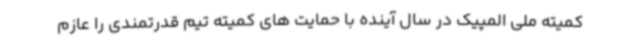
کمیته ملی المپیک در سال آینده با حمایت های کمیته تیم قدرتمندی را عازم